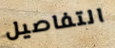
التفاصيل